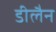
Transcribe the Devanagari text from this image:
डीलैन